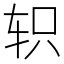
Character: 轵